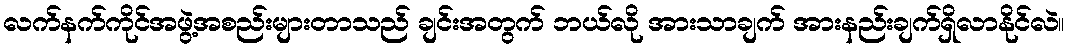
လက်နက်ကိုင်အဖွဲ့အစည်းများတာသည် ချင်းအတွက် ဘယ်လို အားသာချက် အားနည်းချက်ရှိလာနိုင်လဲ။